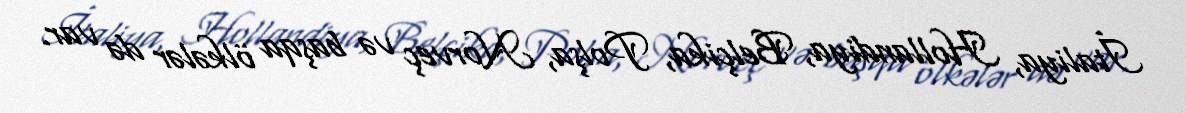
İtaliya, Hollandiya, Belçika, Polşa, Norveç və başqa ölkələr də var.